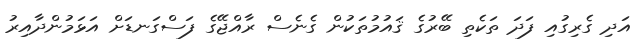
އަދި ގެރިގުއި ފަދަ ތަކެތި ބޭރުގެ ޤައުމުތަކުން ގެނެސް ރާއްޖޭގެ ފަސްގަނޑަށް އަޅަމުންދާއިރު